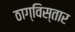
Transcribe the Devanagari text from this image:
ठाग्विस्तार